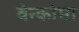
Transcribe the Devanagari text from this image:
वेन्कोमा